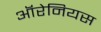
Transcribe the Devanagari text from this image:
ऑरेनियस